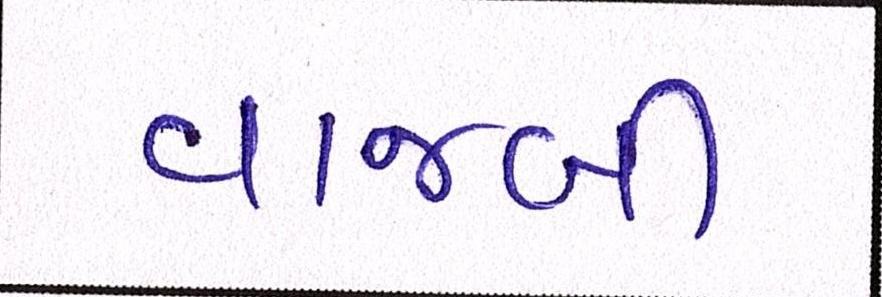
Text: વાજબી